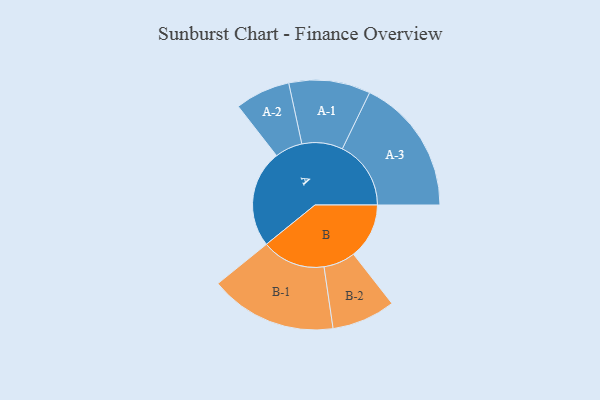
{"axis": {"x": "Segment", "y": "Value"}, "legend": ["", "A", "B"], "data": [{"x": "A", "y": 368, "type": ""}, {"x": "B", "y": 210, "type": ""}, {"x": "A-1", "y": 154, "type": "A"}, {"x": "A-2", "y": 104, "type": "A"}, {"x": "A-3", "y": 259, "type": "A"}, {"x": "B-1", "y": 240, "type": "B"}, {"x": "B-2", "y": 120, "type": "B"}]}